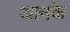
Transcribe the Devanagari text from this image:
आनके